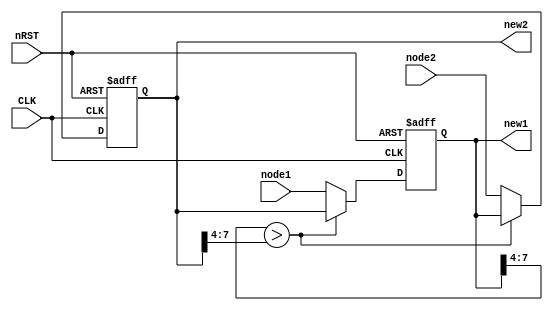
`timescale 1ns / 1ps
//////////////////////////////////////////////////////////////////////////////////
// Company: 
// Engineer: 
// 
// Design Name: 
// Module Name:    sort2 
// Project Name: 
// Target Devices: 
// Tool versions: 
// Description: 
//
// Dependencies: 
//
// Revision: 
// Revision 0.01 - File Created
// Additional Comments: 
//
//////////////////////////////////////////////////////////////////////////////////
module sort2(CLK,nRST,node1,node2,new1,new2);
	input CLK;
	input nRST;
	input [7:0] node1;
	input [7:0] node2;
	output [7:0] new1;
	output [7:0] new2;
	
	reg [7:0] new1;
	reg [7:0] new2;
	
	always @ (posedge CLK or negedge nRST)
	begin 
		if(!nRST)
			begin
			new1 <= 8'b0;
			new2 <= 8'b0;
			end
		else
			begin
			new1 <= node1;
			new2 <= node2;
			if(new1[7:4] > new2[7:4])
				begin
				new1 <= new2;
				new2 <= new1;
				end
			else;
			end
	end
	
endmodule